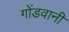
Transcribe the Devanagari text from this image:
गोंडवानी